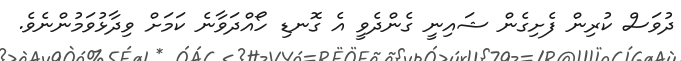
ދުވަސް ކުރިން ފެށިގެން ޝައިނީ ގެންދެވީ އެ ގޮނޑި ހޯއްދަވާނެ ކަމަށް ވިދާޅުވަމުންނެވެ.